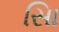
સાિ